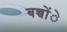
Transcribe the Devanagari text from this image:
बच्चोंे